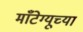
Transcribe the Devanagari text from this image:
माँटेग्यूच्या